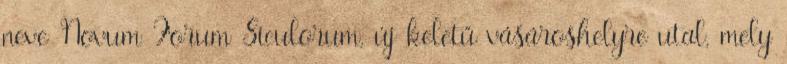
neve Novum Forum Siculorum, új keletű vásároshelyre utal, mely